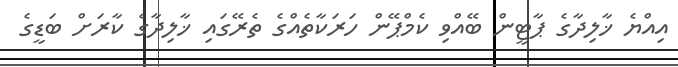
އިއްޔެ ޚާލިދާގެ ޕާޓީން ބޭއްވި ކެމްޕޭން ހަރަކާތެއްގެ ތެރޭގައި ޚާލިދާގެ ކާރަށް ބަޑީގެ